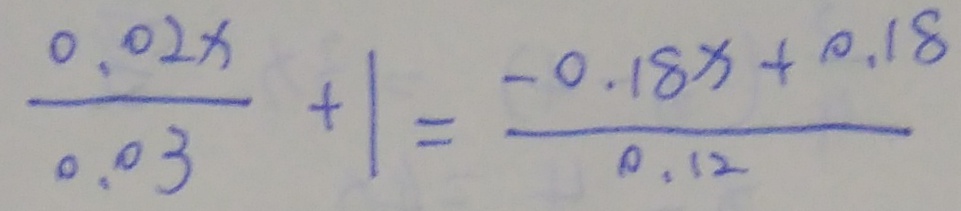
\frac { 0 . 0 2 x } { 0 . 0 3 } + 1 = \frac { - 0 . 1 8 x + 0 . 1 8 } { 0 . 1 2 }